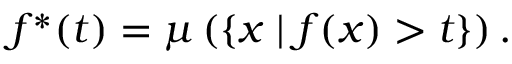
f ^ { * } ( t ) = \mu \left( \{ x \mid f ( x ) > t \} \right) .